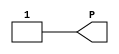
module VCC(P);

    output P;

	assign P = 1'b1;

endmodule